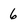
Character: 6